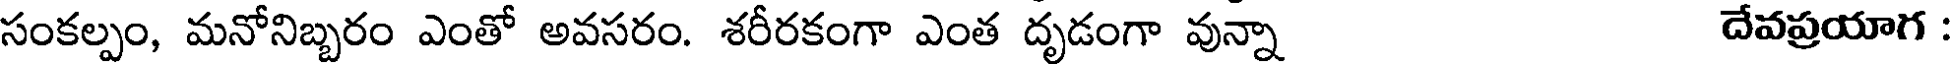
సంకల్పం, మనోనిబ్బరం ఎంతో అవసరం. శరీరకంగా ఎంత దృడంగా వున్నా దేవప్రయాగ :